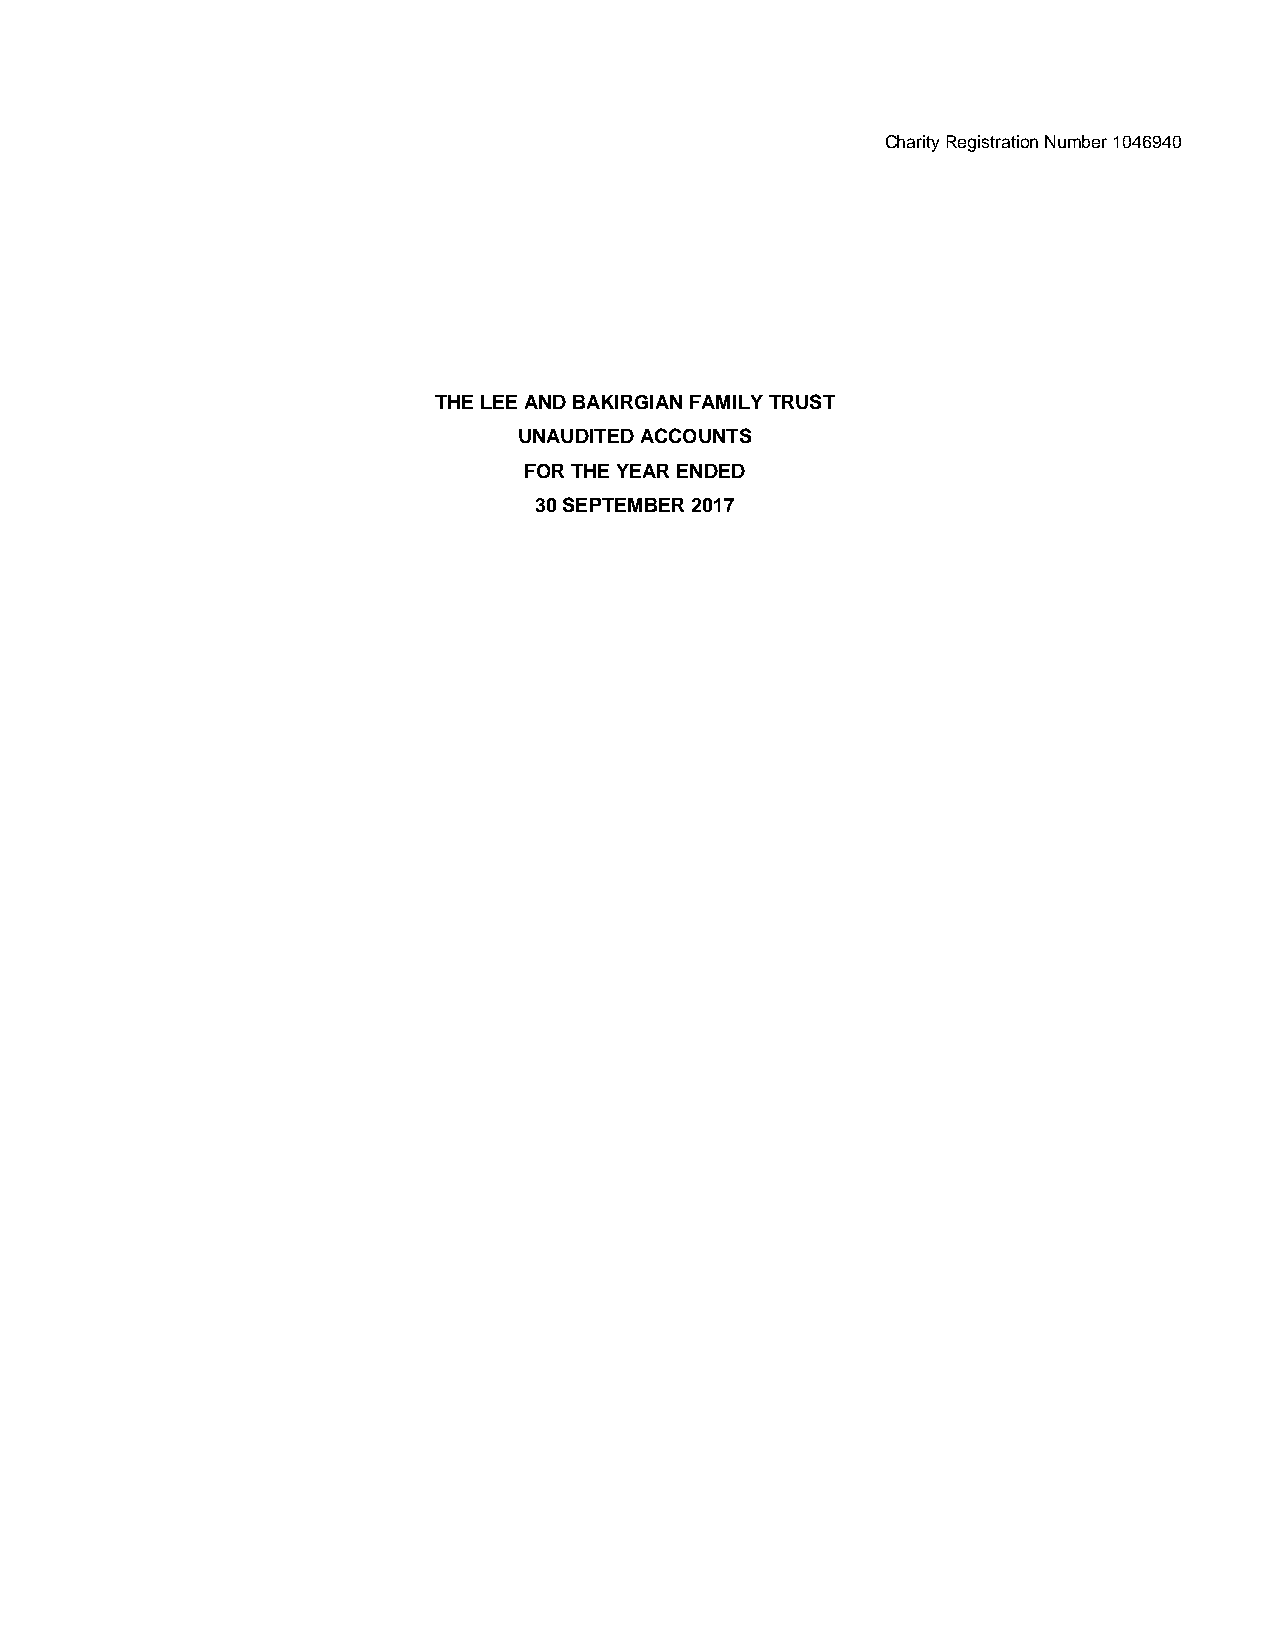
Charity Registration Number 1046940
 THE LEE AND BAKIRGIAN FAMILY TRUST
 UNAUDITED ACCOUNTS
 FOR THE YEAR ENDED
 30 SEPTEMBER 2017